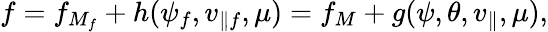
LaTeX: f=f_{M_{f}}+h(\psi_{f},v_{\parallel f},\mu)=f_{M}+g(\psi,\theta,v_{\parallel},\mu),